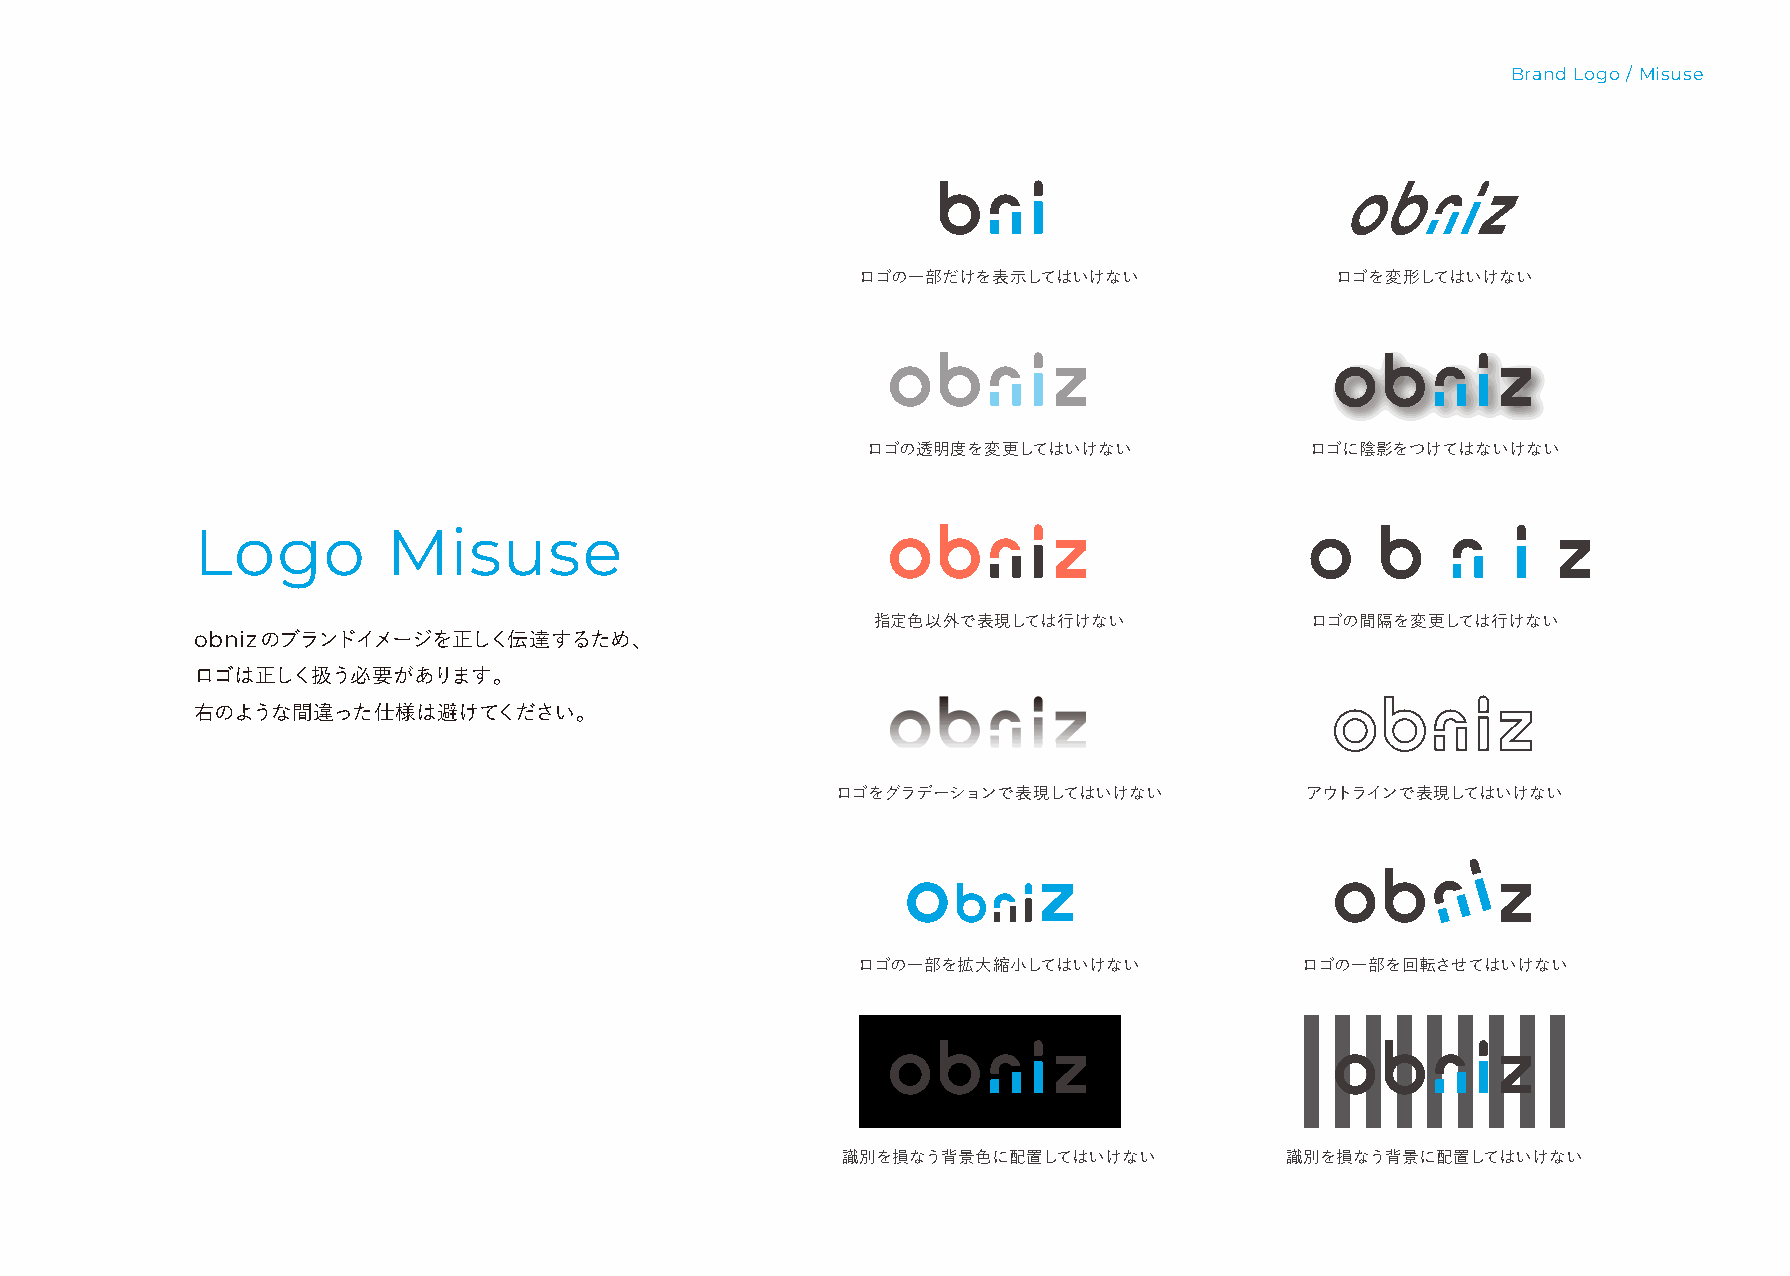
Brand Logo / Misuse
 ロゴの一部だけを表示してはいけない              ロゴを変形してはいけない
 ロゴの透明度を変更してはいけない              ロゴに陰影をつけてはないけない
 Logo         Misuse
 指定色以外で表現しては行けない              ロゴの間隔を変更しては行けない
 obnizのブランドイメージを正しく伝達するため、
 ロゴは正しく扱う必要があります。
 右のような間違った仕様は避けてください。
 ロゴをグラデーションで表現してはいけない           アウトラインで表現してはいけない
 ロゴの一部を拡大縮小してはいけない            ロゴの一部を回転させてはいけない
 識別を損なう背景色に配置してはいけない          識別を損なう背景に配置してはいけない